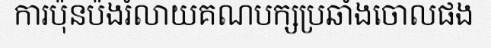
ការប៉ុនប៉ងរំលាយគណបក្សប្រឆាំងចោលផង